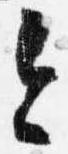
今